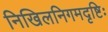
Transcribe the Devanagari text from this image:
निखिलनिगमदृष्टिः